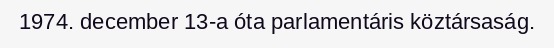
1974. december 13-a óta parlamentáris köztársaság.